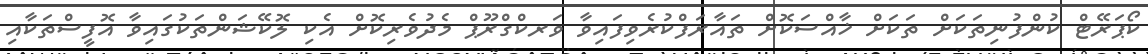
ކޯޕަރޭޓް ކުންފުނިތަކަށް ތަކަށް ޚާއްސަކޮށް ތައާރަފްކުރެވިފައިވާ ވަރކްގްރޫޕް މެދުވެރިކޮށް އެކި ލޮކޭޝަންތަކުގައިވާ އޮފީސްތަކާއި